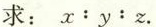
求：x:y:z.